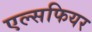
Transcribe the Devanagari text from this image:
एल्सफियर